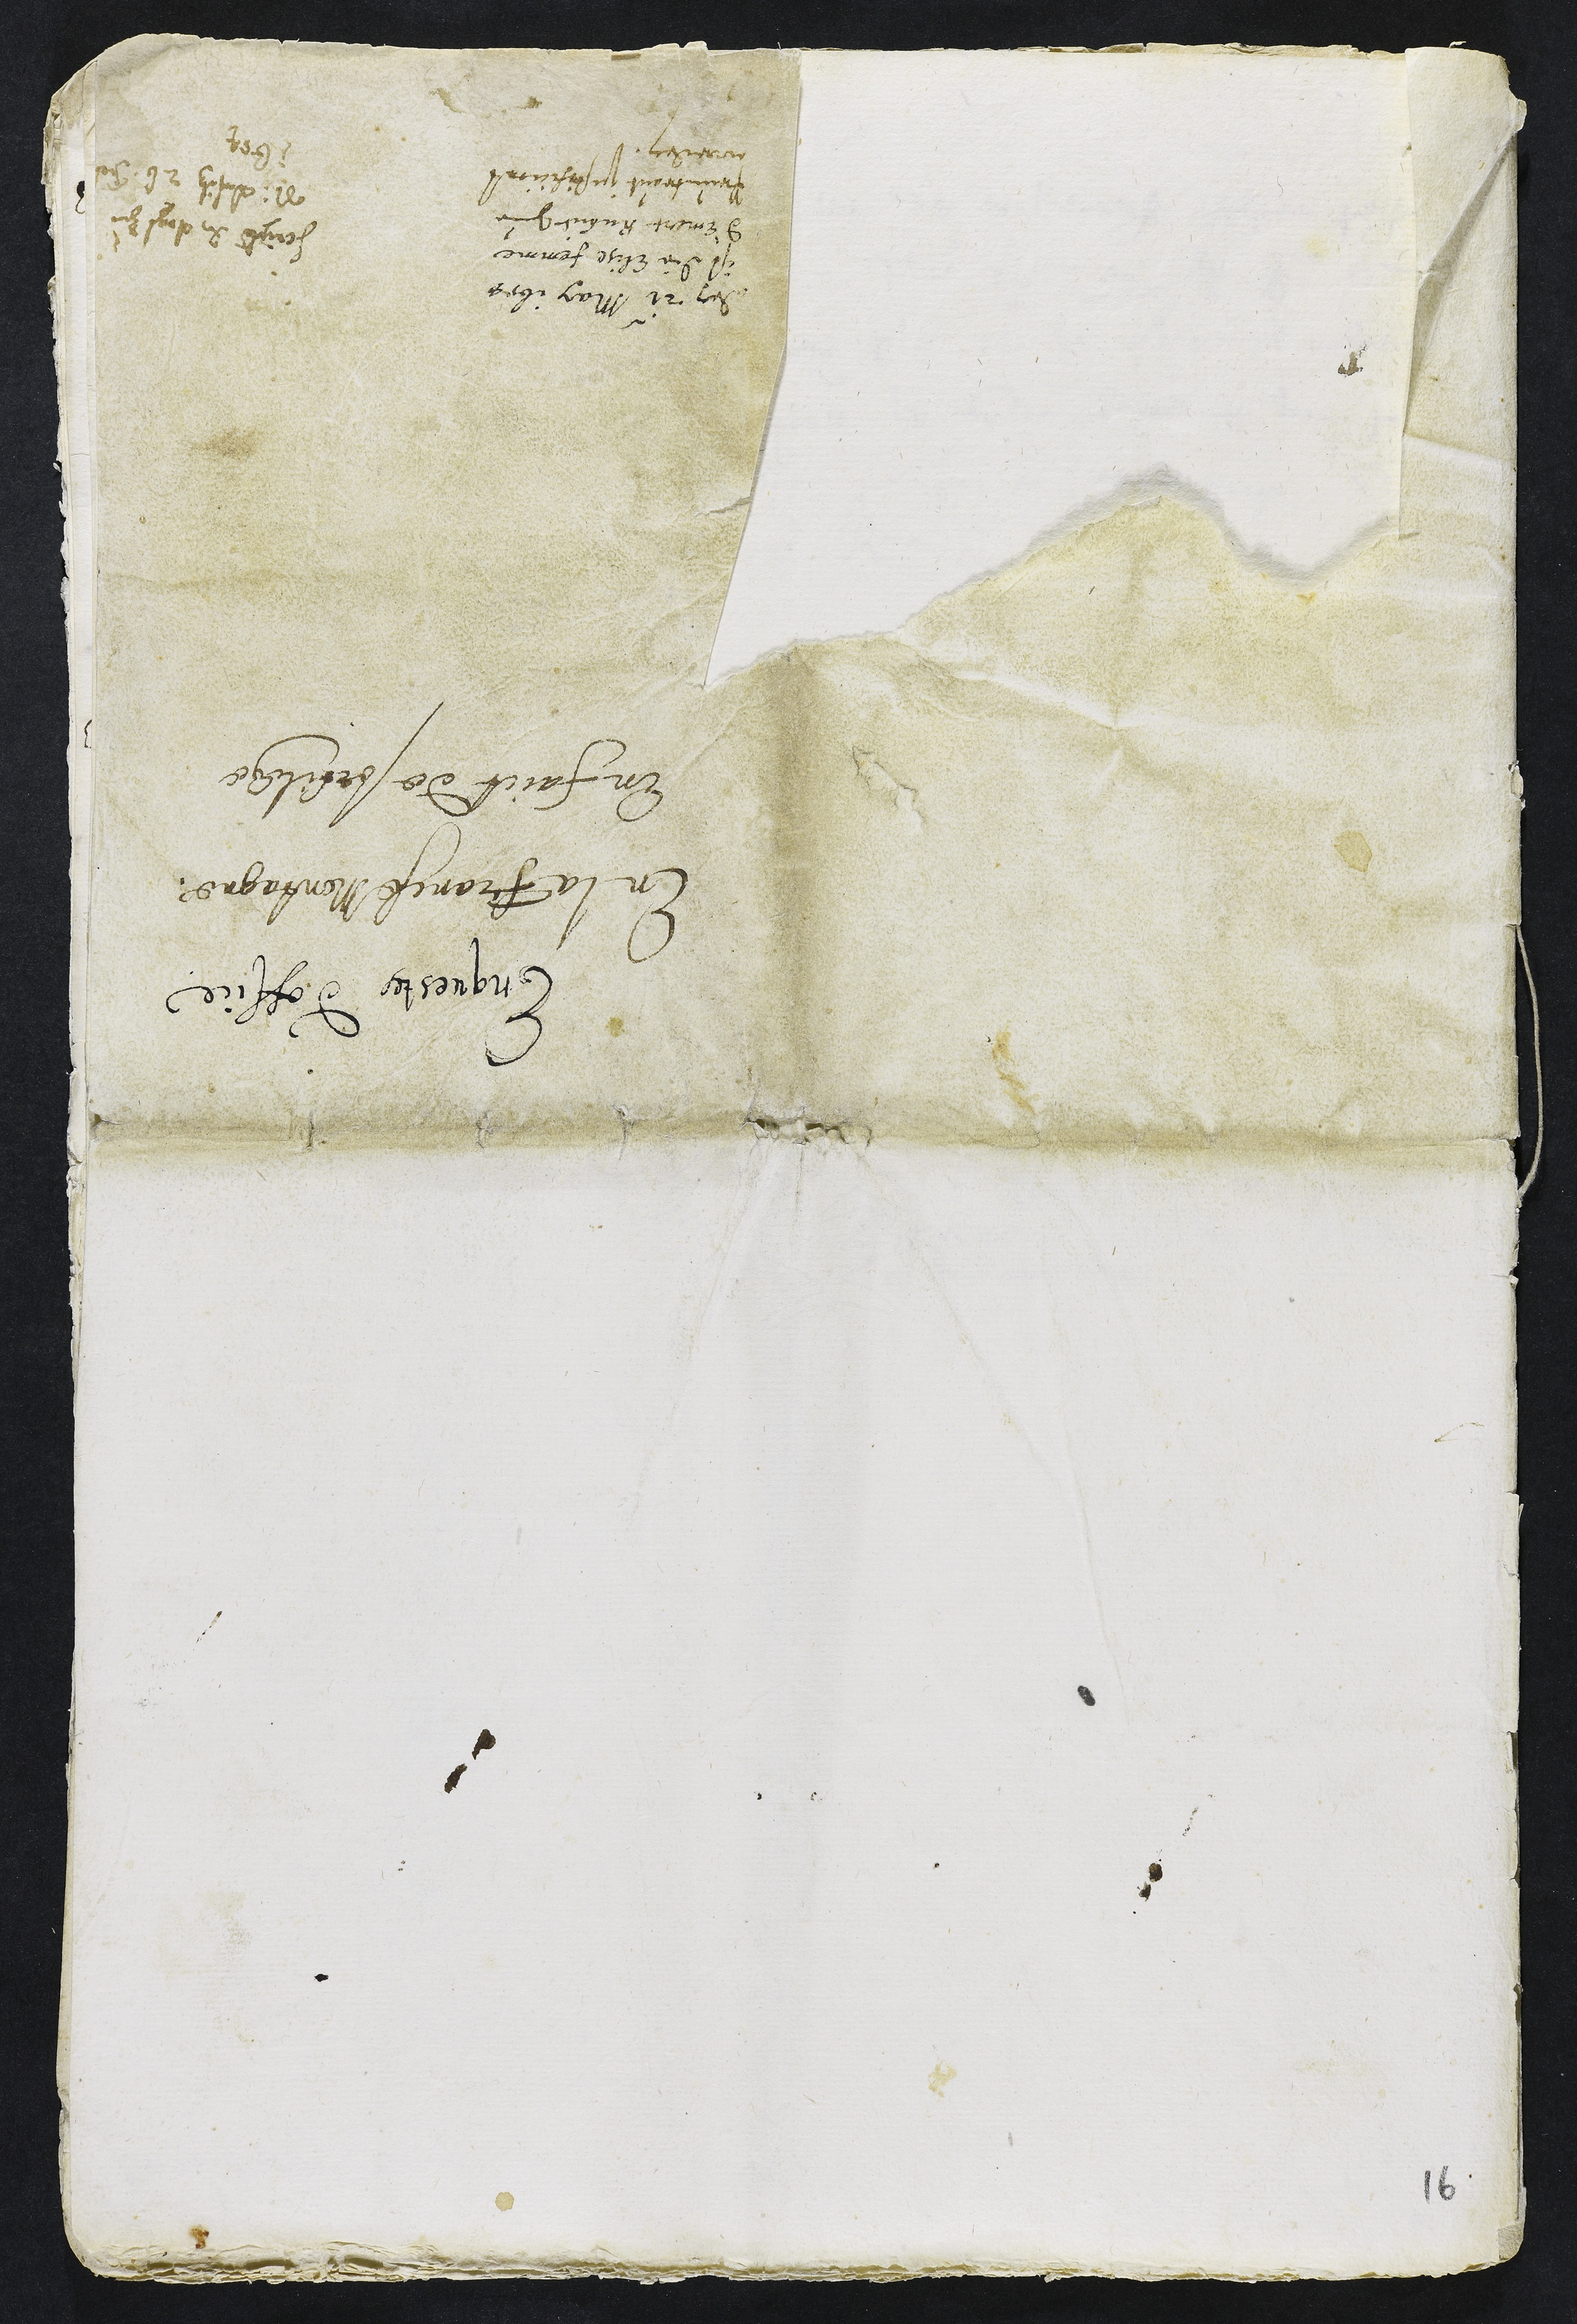
Enquestes d'office
En la Franche Montagne,
En faict de sortilege
Scriptum dem Vogt zu
St. Ursitz 26. Feb
1654
den 21. May 1654
ist die Elise femme
d'Emer Ruhier zue
Pruntraut justificiert
worden.
16